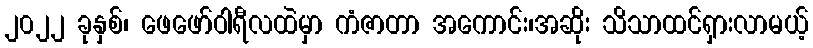
၂၀၂၂ ခုနှစ်၊ ဖေဖော်ဝါရီလထဲမှာ ကံဇာတာ အကောင်း၊အဆိုး သိသာထင်ရှားလာမယ့်